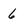
Character: 6